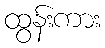
ထွန်းကား